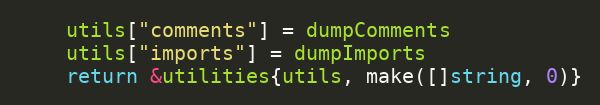
Language: Go
	utils["comments"] = dumpComments
	utils["imports"] = dumpImports
	return &utilities{utils, make([]string, 0)}